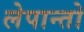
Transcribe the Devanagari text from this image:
लेपान्तो